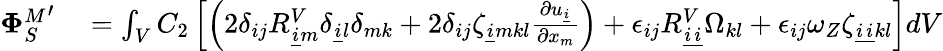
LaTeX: \begin{array}{rl}{{\mathbf{\Phi}_{S}^{M}}^{\prime}}&{{}=\int_{V}C_{2}\left[\left(2\delta_{ij}R_{\underline{{i}}m}^{V}\delta_{\underline{{i}}l}\delta_{mk}+2\delta_{ij}\zeta_{\underline{{i}}mkl}\frac{\partial u_{\underline{{i}}}}{\partial x_{m}}\right)+\epsilon_{ij}R_{\underline{{i}}\underline{{i}}}^{V}\Omega_{kl}+\epsilon_{ij}\omega_{Z}\zeta_{\underline{{i}}\underline{{i}}kl}\right]dV}\end{array}